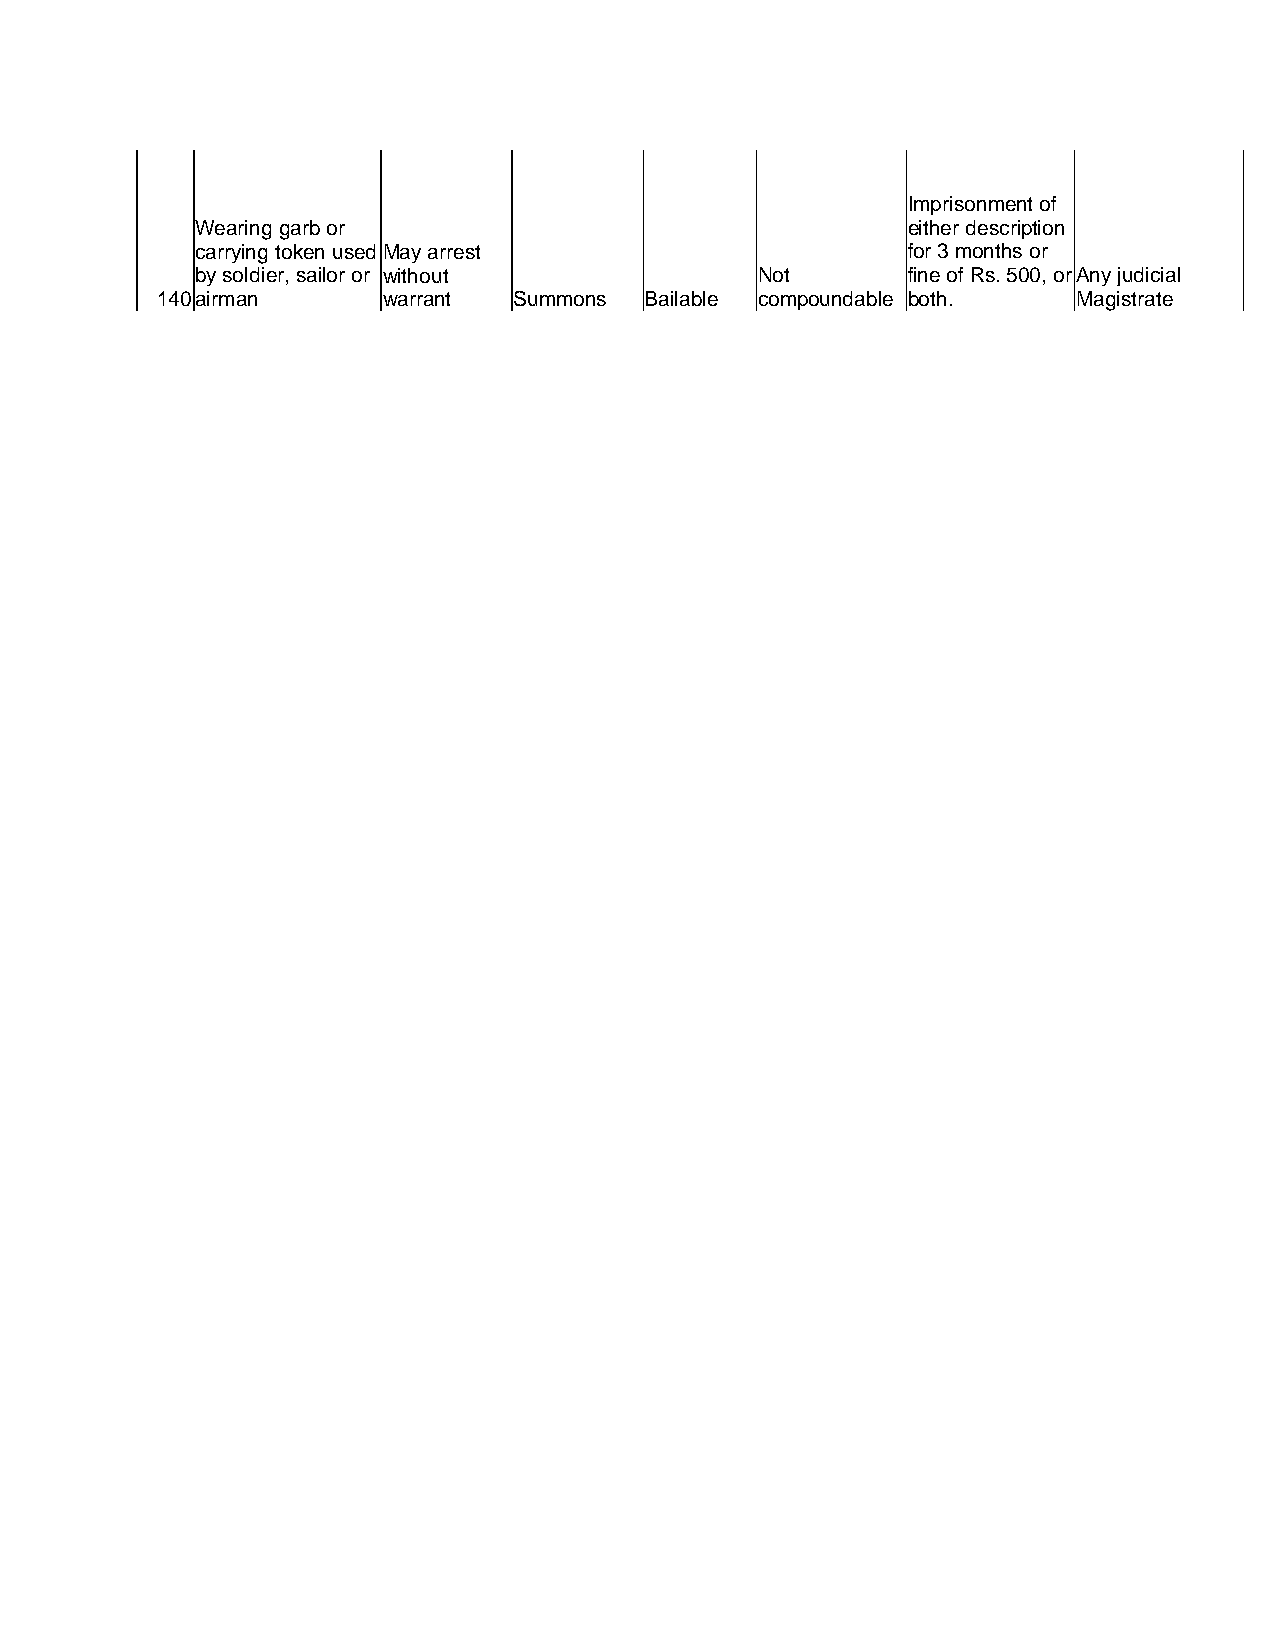
Imprisonment of
 Wearing garb or                                either description
 carrying token used May arrest                 for 3 months or
 by soldier, sailor or without        Not       fine of Rs. 500, or Any judicial
 140 airman     warrant  Summons  Bailable compoundable both. Magistrate